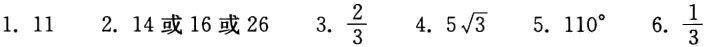
1. \(11\)  2. \(14或16或26\)  3. \(\frac{2}{3}\)  4. \(5\sqrt{3}\)  5. \(110^{\circ}\)  6. \(\frac{1}{3}\)